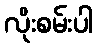
လိုးစမ်းပါ